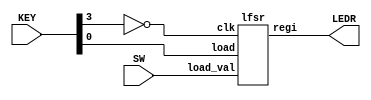
module rng(SW, LEDR, KEY);
	input [9:0] SW;
	input [3:0] KEY;
	output [9:0] LEDR;
	wire out;
	lfsr l0(.regi(LEDR[9:0]), .load(KEY[0]), .load_val(SW[9:0]), .clk(~KEY[3]));
	

endmodule

module lfsr(regi, load, load_val, clk, out);
	input load;
	input [9:0] load_val;
	input clk;
	output reg [9:0] regi;
	output reg out;
	
	always @(negedge load, posedge clk)
	begin
		if (~load) regi <= load_val;
		else begin
			out <= regi[9];
			regi <= {regi[8:0], (regi[4] ^ regi[7]) ^ regi[3]};
		end
	
	end
	
endmodule